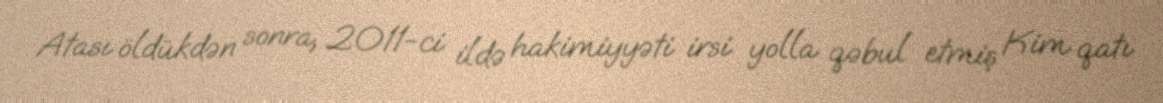
Atası öldükdən sonra, 2011-ci ildə hakimiyyəti irsi yolla qəbul etmiş Kim qatı